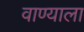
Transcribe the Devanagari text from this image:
वाण्याला